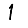
Digit: 1